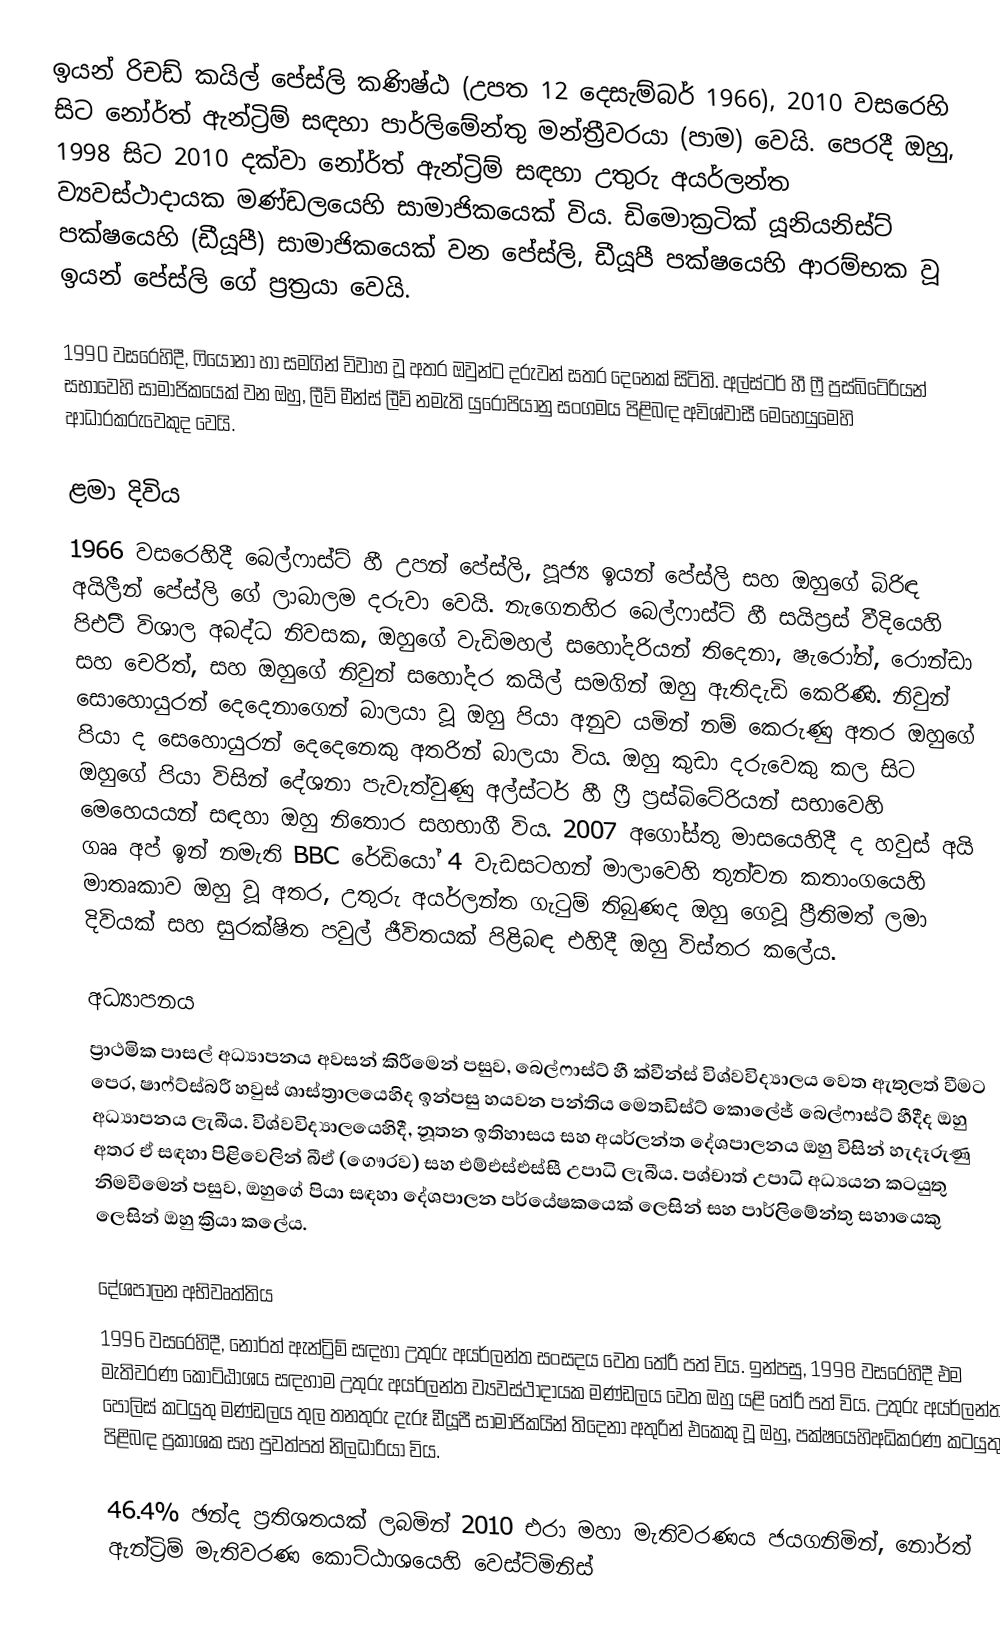
ඉයන් රිචඩ් කයිල් පේස්ලි කණිෂ්ඨ (උපත 12 දෙසැම්බර් 1966),  2010 වසරෙහි සිට  නෝර්ත් ඇන්ට්‍රිම් සඳහා පාර්ලිමේන්තු මන්ත්‍රීවරයා (පාම) වෙයි. පෙරදී ඔහු, 1998 සිට 2010 දක්වා  නෝර්ත් ඇන්ට්‍රිම් සඳහා   උතුරු අයර්ලන්ත ව්‍යවස්ථාදායක මණ්ඩලයෙහි සාමාජිකයෙක් විය.   ඩිමොක්‍රටික් යූනියනිස්ට්  පක්ෂයෙහි (ඩීයූපී) සාමාජිකයෙක් වන පේස්ලි, ඩීයූපී පක්ෂයෙහි ආරම්භක වූ ඉයන් පේස්ලි ගේ ප්‍රත්‍රයා වෙයි.

1990 වසරෙහිදී, ෆියෝනා හා සමගින් විවාහ වූ අතර ඔවුන්ට දරුවන් සතර දෙනෙක් සිටිති.  අල්ස්ටර් හී ෆ්‍රී ප්‍රස්බිටේරියන් සභාවෙහි සාමාජිකයෙක් වන ඔහු, ලීව් මීන්ස් ලීව් නමැති යුරෝපියානු සංගමය පිළිබඳ අවිශ්වාසී මෙහෙයුමෙහි ආධාරකරුවෙකුද වෙයි.

ළමා දිවිය
1966 වසරෙහිදී බෙල්ෆාස්ට් හී උපන් පේස්ලි, පූජ්‍ය ඉයන් පේස්ලි සහ ඔහුගේ බිරිඳ  අයිලීන් පේස්ලි ගේ ලාබාලම දරුවා වෙයි. නැගෙනහිර බෙල්ෆාස්ට් හී සයිප්‍රස් වීදියෙහි පිඑිටි විශාල අබද්ධ නිවසක, ඔහුගේ වැඩිමහල් සහෝදරියන් තිදෙනා, ෂැරෝන්, රොන්ඩා සහ චෙරිත්, සහ ඔහුගේ නිවුන් සහෝදර කයිල් සමගින් ඔහු ඇතිදැඩි කෙරිණි. නිවුන් සොහොයුරන් දෙදෙනාගෙන් බාලයා වූ ඔහු පියා අනුව යමින් නම් කෙරුණු අතර ඔහුගේ පියා ද සෙහොයුරන් දෙදෙනෙකු අතරින් බාලයා විය. ඔහු කුඩා දරුවෙකු කල සිට ඔහුගේ පියා විසින් දේශනා පැවැත්වුණු   අල්ස්ටර් හී ෆ්‍රී ප්‍රස්බිටේරියන් සභාවෙහි මෙහෙයයන් සඳහා ඔහු නිතොර සහභාගී විය. 2007  අගෝස්තු මාසයෙහිදී  ද හවුස් අයි ගෲ අප් ඉන් නමැති BBC රේඩියෝ 4 වැඩසටහන් මාලාවෙහි තුන්වන කතාංගයෙහි මාතෘකාව ඔහු වූ අතර, උතුරු අයර්ලන්ත ගැටුම් තිබුණද ඔහු ගෙවූ  ප්‍රීතිමත් ලමා දිවියක් සහ සුරක්ෂිත පවුල් ජීවිතයක් පිළිබඳ එහිදී ඔහු විස්තර කලේය.

අධ්‍යාපනය
ප්‍රාථමික පාසල් අධ්‍යාපනය අවසන් කිරීමෙන් පසුව, බෙල්ෆාස්ට් හී ක්වීන්ස් විශ්වවිද්‍යාලය වෙත ඇතුලත් වීමට පෙර, ෂාෆ්ට්ස්බරී හවුස් ශාස්ත්‍රාලයෙහිද ඉන්පසු හයවන පන්තිය මෙතඩිස්ට් කොලේජ් බෙල්ෆාස්ට් හීදීද ඔහු අධ්‍යාපනය ලැබීය. විශ්වවිද්‍යාලයෙහිදී, නූතන ඉතිහාසය සහ අයර්ලන්ත දේශපාලනය ඔහු විසින් හැදෑරුණු අතර ඒ සඳහා පිළිවෙලින්  බීඒ (ගෞරව) සහ එම්එස්එස්සී උපාධි ලැබීය. පශ්චාත් උපාධි අධ්‍යයන කටයුතු නිමවීමෙන් පසුව, ඔහුගේ පියා සඳහා දේශපාලන පර්යේෂකයෙක් ලෙසින් සහ පාර්ලිමේන්තු සහායෙකු ලෙසින් ඔහු ක්‍රියා කලේය.

දේශපාලන අභිවෘත්තිය
1996 වසරෙහිදී, නෝර්ත් ඇන්ට්‍රිම් සඳහා උතුරු අයර්ලන්ත සංසදය වෙත තේරී පත් විය. ඉන්පසු, 1998 වසරෙහිදී එම මැතිවරණ කොට්ඨාශය සඳහාම  උතුරු අයර්ලන්ත ව්‍යවස්ථාදායක මණ්ඩලය වෙත ඔහු යළි තේරී පත් විය. උතුරු අයර්ලන්ත පොලිස් කටයුතු මණ්ඩලය තුල තනතුරු දැරූ ඩීයූපී සාමාජිකයින් තිදෙනා අතුරින් එකෙකු වූ ඔහු, පක්ෂයෙහිඅධිකරණ කටයුතු පිළිබඳ ප්‍රකාශක සහ පුවත්පත් නිලධාරියා විය.

46.4% ඡන්ද ප්‍රතිශතයක් ලබමින්  2010 එරා මහා මැතිවරණය ජයගනිමින්, නොර්ත් ඇන්ට්‍රිම් මැතිවරණ කොට්ඨාශයෙහි වෙස්ට්මිනිස්